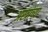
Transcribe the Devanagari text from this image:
अस्त्रांच्या